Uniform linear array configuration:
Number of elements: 48
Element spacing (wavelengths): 1
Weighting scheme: blackman
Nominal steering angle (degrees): -15
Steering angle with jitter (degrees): -14.281
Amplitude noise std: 0.05
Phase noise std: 0.05

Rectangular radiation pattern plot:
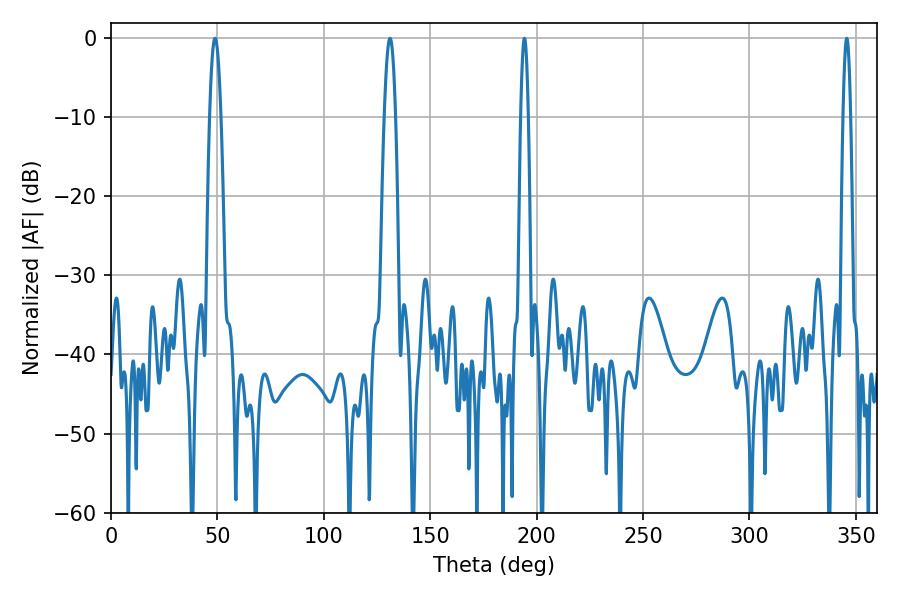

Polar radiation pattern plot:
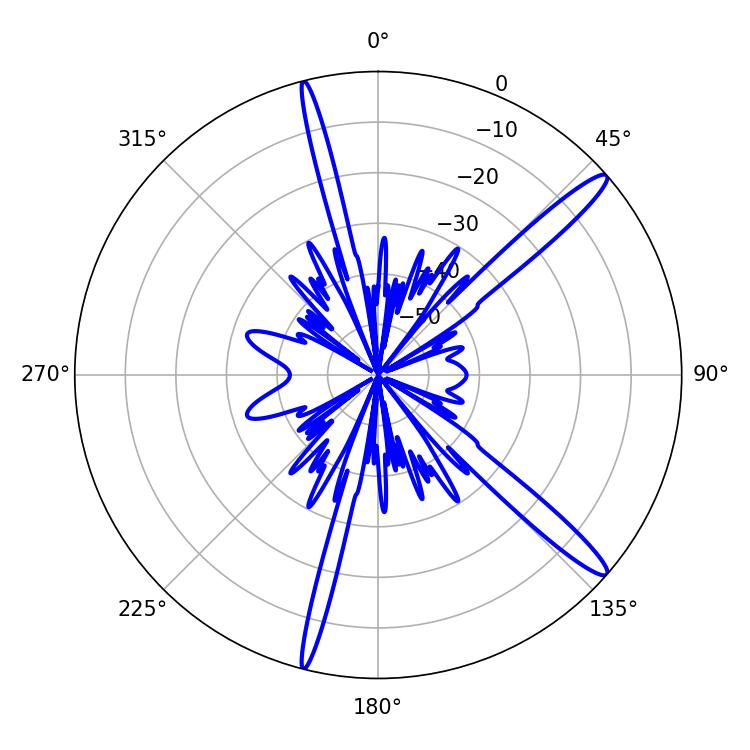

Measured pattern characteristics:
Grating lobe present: TRUE
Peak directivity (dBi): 14.858
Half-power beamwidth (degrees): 2.88
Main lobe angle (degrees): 131.04